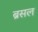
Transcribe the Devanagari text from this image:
ब्रसल